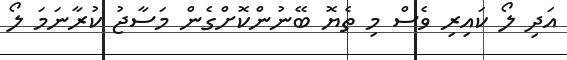
އަދި ލޯ ކައިރި ވެސް މި ތެޔޮ ބޭނުންކޮށްގެން މަސާޖު ކުރާނަމަ ލޯ